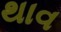
થાવ